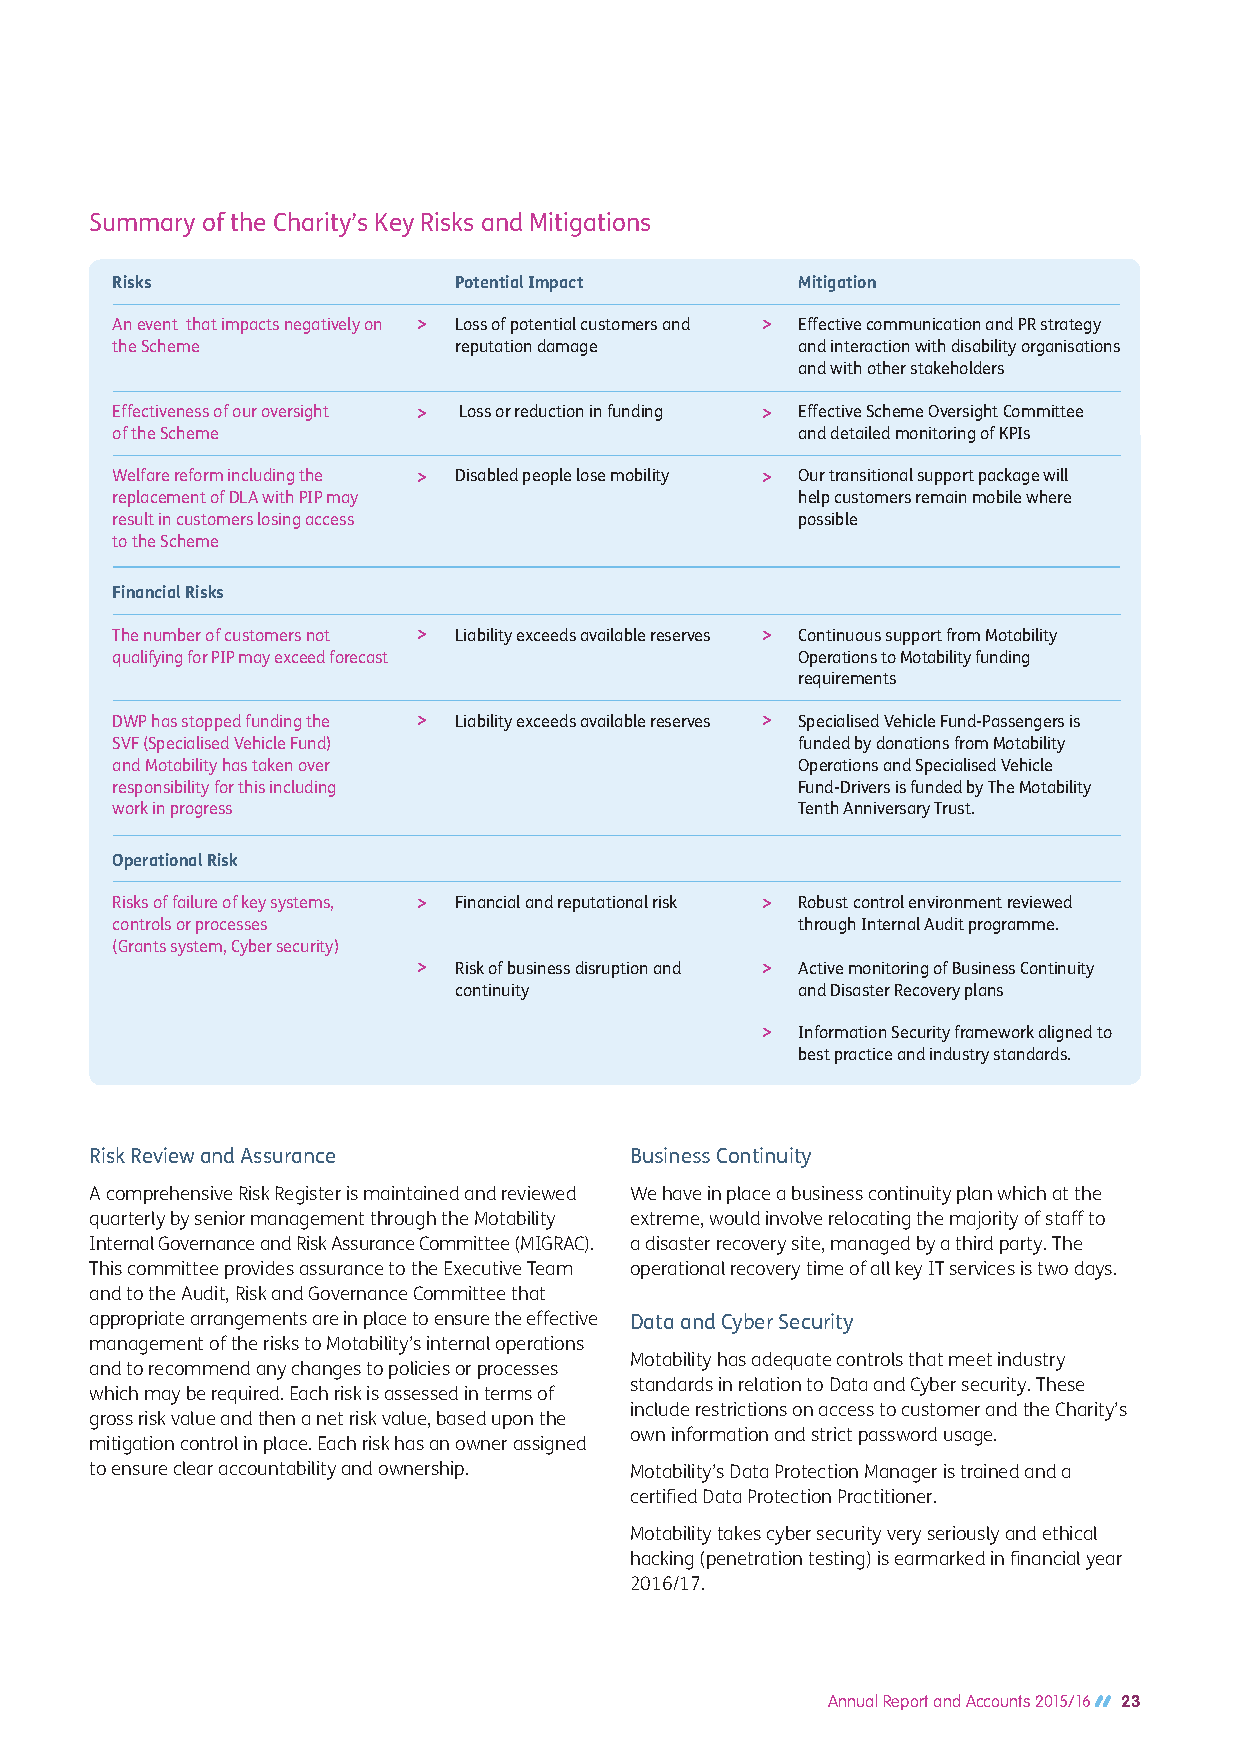
Summary of the Charity’s Key Risks and Mitigations
 Risks                  Potential Impact       Mitigation
 An event that impacts negatively on > Loss of potential customers and > Effective communication and PR strategy
 the Scheme             reputation damage      and interaction with disability organisations
 and with other stakeholders
 Effectiveness of our oversight > Loss or reduction in funding > Effective Scheme Oversight Committee
 of the Scheme                                 and detailed monitoring of KPIs
 Welfare reform including the > Disabled people lose mobility > Our transitional support package will
 replacement of DLA with PIP may               help customers remain mobile where
 result in customers losing access             possible
 to the Scheme
 Financial Risks
 The number of customers not > Liability exceeds available reserves > Continuous support from Motability
 qualifying for PIP may exceed forecast        Operations to Motability funding
 requirements
 DWP has stopped funding the > Liability exceeds available reserves > Specialised Vehicle Fund-Passengers is
 SVF (Specialised Vehicle Fund)                funded by donations from Motability
 and Motability has taken over                 Operations and Specialised Vehicle
 responsibility for this including             Fund-Drivers is funded by The Motability
 work in progress                              Tenth Anniversary Trust.
 Operational Risk
 Risks of failure of key systems, > Financial and reputational risk > Robust control environment reviewed
 controls or processes                         through Internal Audit programme.
 (Grants system, Cyber security)
 > Risk of business disruption and > Active monitoring of Business Continuity
 continuity             and Disaster Recovery plans
 >  Information Security framework aligned to
 best practice and industry standards.
 Risk Review and Assurance           Business Continuity
 A comprehensive Risk Register is maintained and reviewed We have in place a business continuity plan which at the
 quarterly by senior management through the Motability extreme, would involve relocating the majority of staff to
 Internal Governance and Risk Assurance Committee (MIGRAC). a disaster recovery site, managed by a third party. The
 This committee provides assurance to the Executive Team operational recovery time of all key IT services is two days.
 and to the Audit, Risk and Governance Committee that
 appropriate arrangements are in place to ensure the effective Data and Cyber Security
 management of the risks to Motability’s internal operations
 Motability has adequate controls that meet industry
 and to recommend any changes to policies or processes
 standards in relation to Data and Cyber security. These
 which may be required. Each risk is assessed in terms of
 include restrictions on access to customer and the Charity’s
 gross risk value and then a net risk value, based upon the
 own information and strict password usage.
 mitigation control in place. Each risk has an owner assigned
 to ensure clear accountability and ownership. Motability’s Data Protection Manager is trained and a
 certified Data Protection Practitioner.
 Motability takes cyber security very seriously and ethical
 hacking (penetration testing) is earmarked in financial year
 2016/17.
 Annual Report and Accounts 2015/16 23